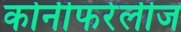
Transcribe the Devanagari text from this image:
कोनीफरेलीज